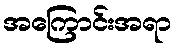
အကြောင်းအရာ